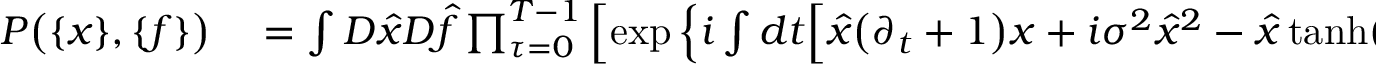
\begin{array} { r l } { P \big ( \{ x \} , \{ f \} \big ) } & { { } = \int D \hat { x } D \hat { f } \prod _ { \tau = 0 } ^ { T - 1 } \left[ \exp \Big \{ i \int d t \Big [ \hat { x } \big ( \partial _ { t } + 1 \big ) x + i \sigma ^ { 2 } \hat { x } ^ { 2 } - \hat { x } \, \mathrm { t a n h } ( f ) + \hat { f } \big ( f - m _ { * } \hat { \mu } ( \tau ) - \tilde { h } \big ) \Big ] \right. } \end{array}